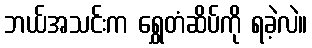
ဘယ်အသင်းက ရွှေတံဆိပ်ကို ရခဲ့လဲ။